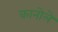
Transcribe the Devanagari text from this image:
कानोले